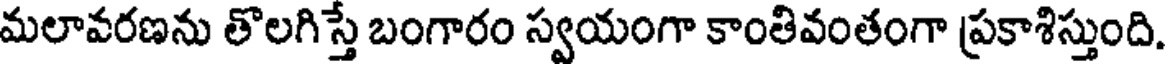
మలావరణను తొలగిస్తే బంగారం స్వయంగా కాంతివంతంగా ప్రకాశిస్తుంది.